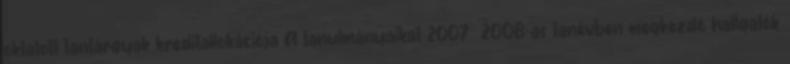
oktatott tantárgyak kreditallokációja A tanulmányaikat 2007 2008-as tanévben megkezdő hallgatók